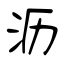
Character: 沥